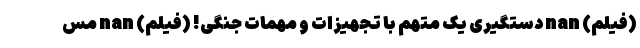
(فیلم) nan دستگیری یک متهم با تجهیزات و مهمات جنگی! (فیلم) nan مس